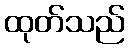
ထုတ်သည်